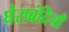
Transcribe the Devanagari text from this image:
घेराबंदियाँ